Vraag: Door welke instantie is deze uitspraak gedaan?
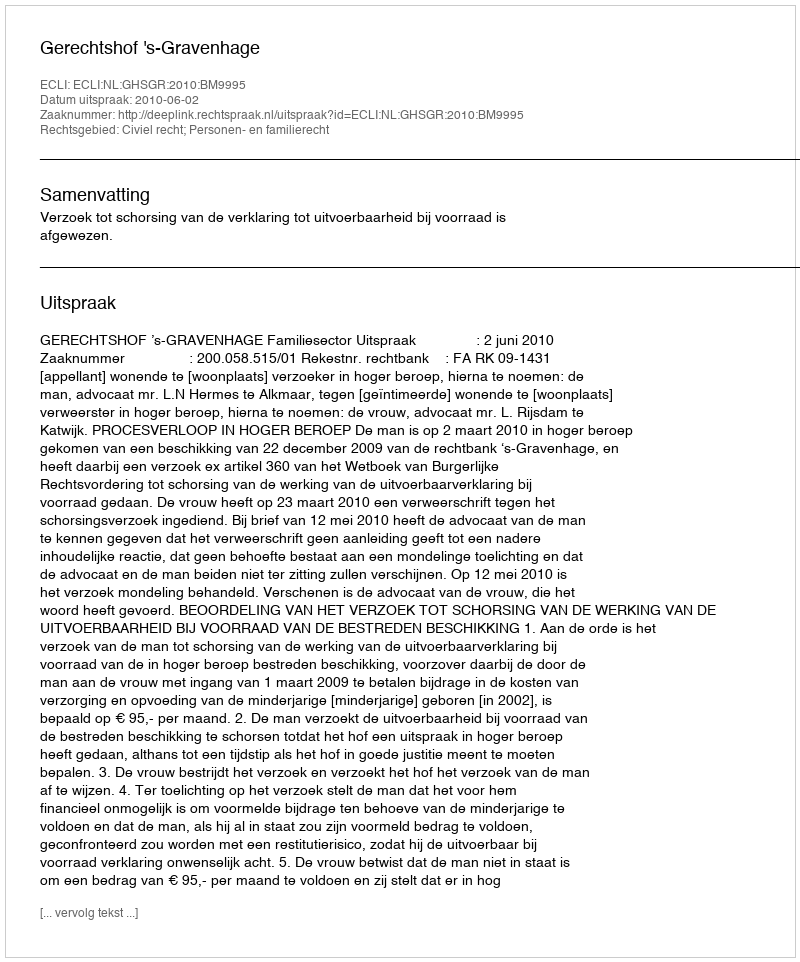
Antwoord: Gerechtshof 's-Gravenhage